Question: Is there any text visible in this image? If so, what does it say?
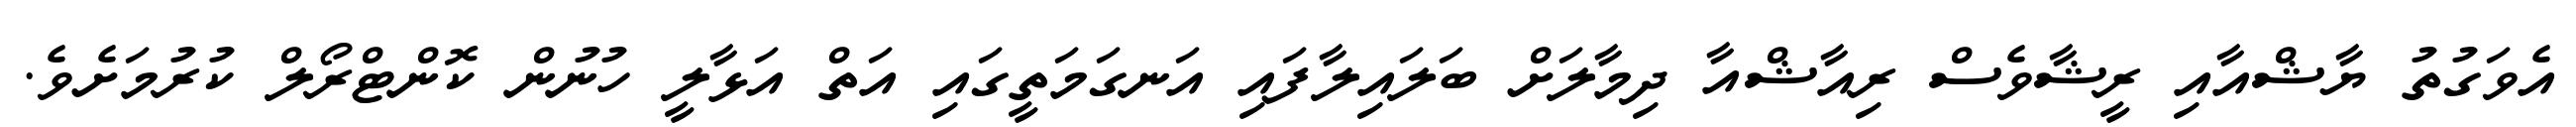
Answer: އެވަގުތު ޔާޝްއާއި ރީޝާވެސް ރިއާޝްއާ ދިމާލަށް ބަލައިލާފައި އަނގަމަތީގައި އަތް އަޅާލީ ހުނުން ކޮންޓްރޯލް ކުރުމަށެވެ.